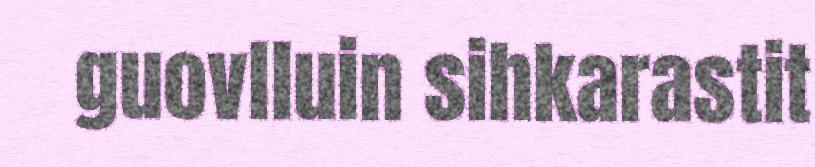
guovlluin sihkarastit